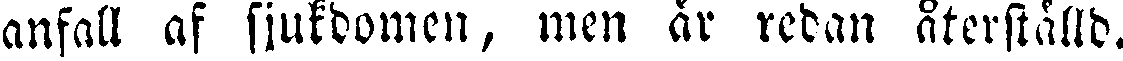
anfall af sjukdomen, men är redan återställd.